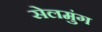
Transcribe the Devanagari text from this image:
सेलमुंग